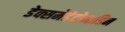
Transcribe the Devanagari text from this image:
डेक्समेडेटोमाडिन